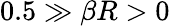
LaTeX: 0.5\gg\beta R>0